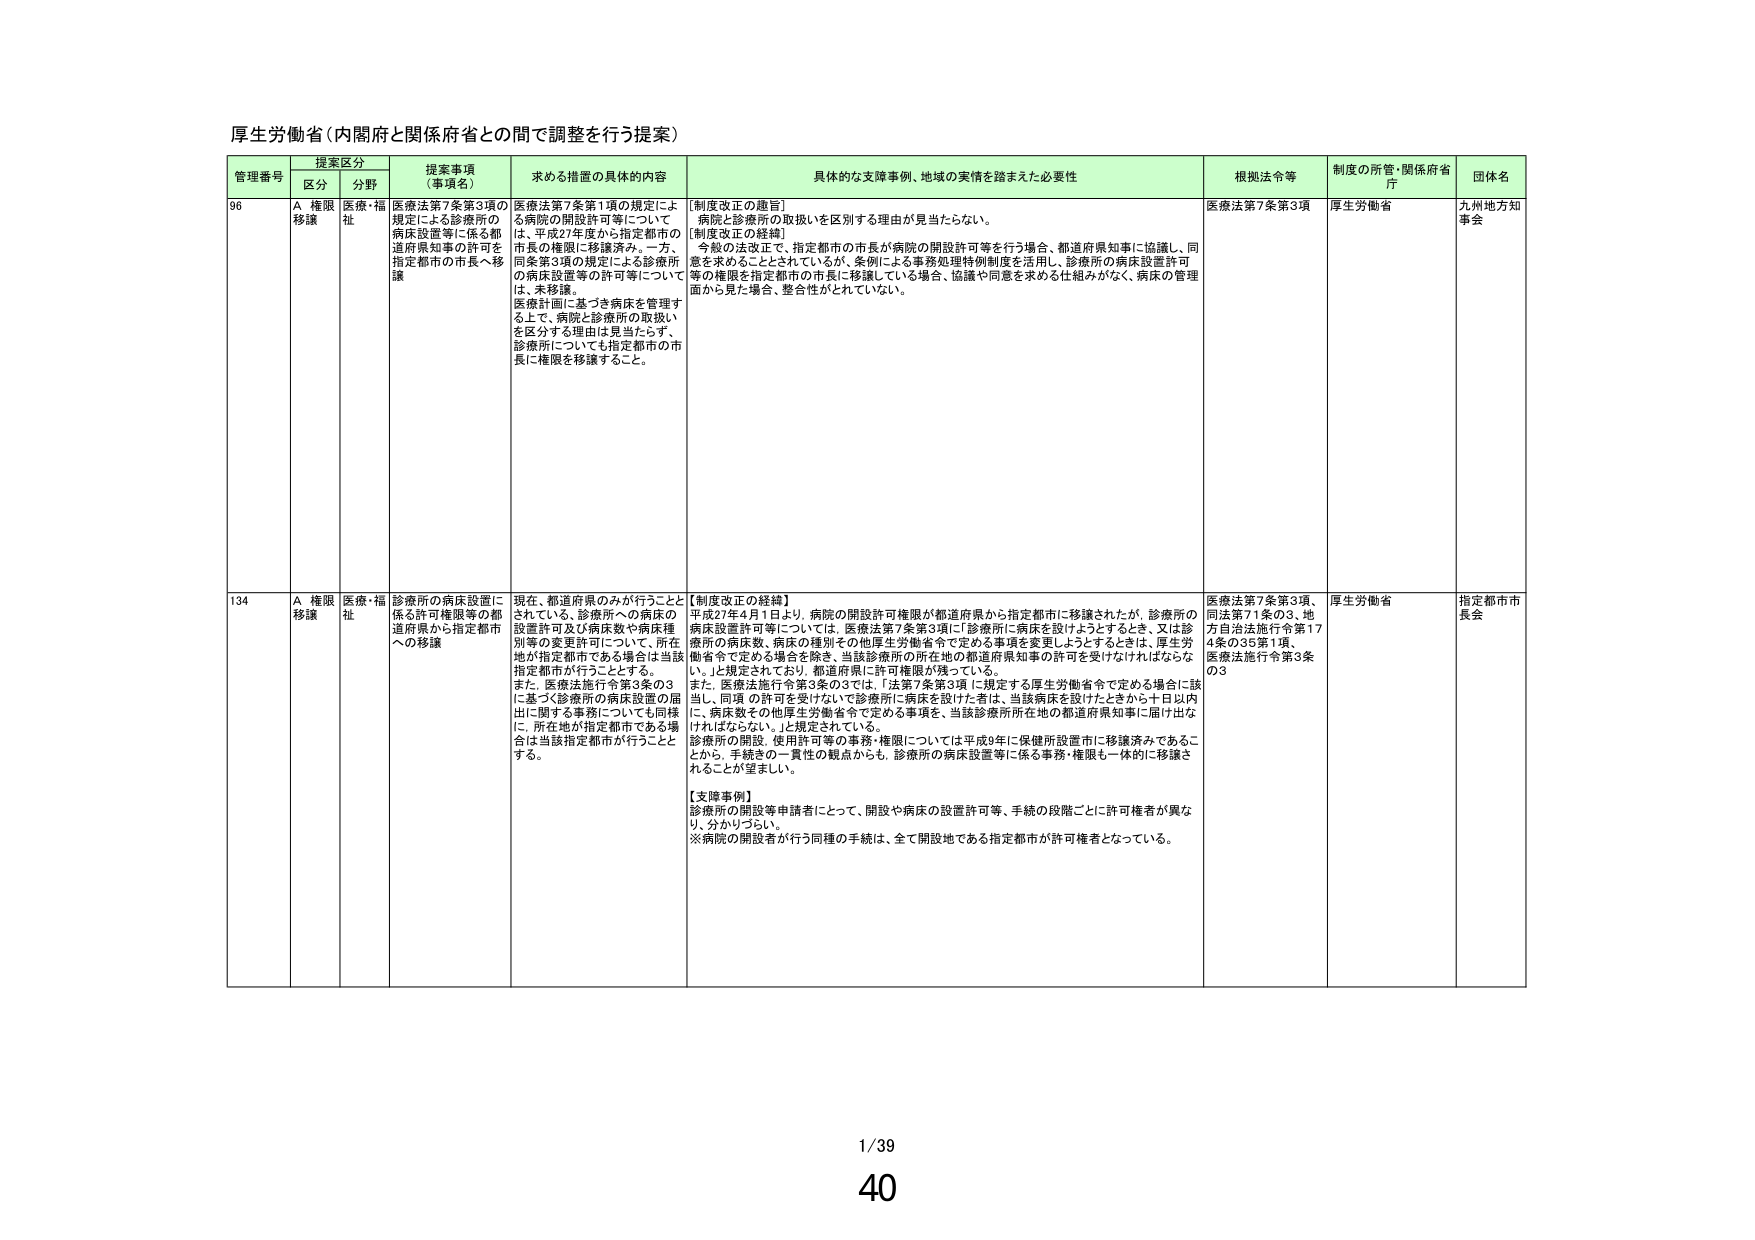
厚生労働省（内閣府と関係府省との間で調整を行う提案）

管理番号 提案区分 提案事項（事項名） 求める措置の具体的内容 具体的な支障事例、地域の実情を踏まえた必要性 根拠法令等 制度の所管・関係府省庁 団体名
区分 分野
96 A 権限移譲 医療・福祉 医療法第7条第3項の規定による診療所の病床設置等に係る都道府県知事の許可を指定都市の市長へ移譲 医療法第7条第1項の規定による病院の開設許可等については、平成27年度から指定都市の市長の権限に移譲済み。一方、同条第3項の規定による診療所の病床設置等の許可等については、未移譲。医療計画に基づき病床を管理する上で、病院と診療所の取扱いを区分する理由は見当たらず、診療所についても指定都市の市長に権限を移譲すること。 【制度改正の趣旨】病院と診療所の取扱いを区別する理由が見当たらない。【制度改正の経緯】今般の法改正で、指定都市の市長が病院の開設許可等を行う場合、都道府県知事に協議し、同意を求めることとされているが、条例による事務処理特例制度を活用し、診療所の病床設置許可等の権限を指定都市の市長に移譲している場合、協議や同意を求める仕組みがなく、病床の管理面から見た場合、整合性がとれていない。 医療法第7条第3項 厚生労働省 九州地方知事会
134 A 権限移譲 医療・福祉 診療所の病床設置に係る許可権限等の都道府県から指定都市への移譲 現在、都道府県のみが行うこととされている、診療所への病床の設置許可及び病床数や病床種別等の変更許可について、所在地が指定都市である場合は当該指定都市が行うこととする。また、医療法施行令第3条の3に基づく診療所の病床設置の届出に関する事務についても同様に、所在地が指定都市である場合は当該指定都市が行うこととする。 【制度改正の経緯】平成27年4月1日より、病院の開設許可権限が都道府県から指定都市に移譲されたが、診療所の病床設置許可等については、医療法第7条第3項に「診療所に病床を設けようとするとき、又は診療所の病床数、病床の種別その他厚生労働省令で定める事項を変更しようとするときは、厚生労働省令で定める場合を除き、当該診療所の所在地の都道府県知事の許可を受けなければならない。」と規定されており、都道府県に許可権限が残っている。また、医療法施行令第3条の3では、「法第7条第3項に規定する厚生労働省令で定める場合に該当し、同項の許可を受けないで診療所に病床を設けた者は、当該病床を設けたときから十日以内に、病床数その他厚生労働省令で定める事項を、当該診療所所在地の都道府県知事に届け出なければならない。」と規定されている。診療所の開設、使用許可等の事務・権限については平成8年に保健所設置市に移譲済みであることから、手続きの一貫性の観点からも、診療所の病床設置等に係る事務・権限も一体的に移譲することが望ましい。【支障事例】診療所の開設等申請者にとって、開設や病床の設置許可等、手続の段階ごとに許可権者が異なり、分かりづらい。※病院の開設者が行う同種の手続は、全て開設地である指定都市が許可権者となっている。 医療法第7条第3項、同法第71条の3、地方自治法施行令第174条の35第1項、医療法施行令第3条の3 厚生労働省 指定都市市長会

1/39
40